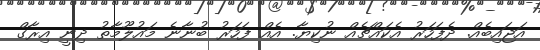
އަޖައިބެއް. ދެފަހަރު އެކައްޗެއް ނުކިޔާ. އެއް ފަހަރު ބުނާނެ މައުލޫމާތު ދިނީ އިރާގް